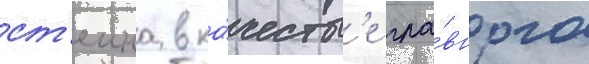
ст'еина в ка́честв'е гла́вного